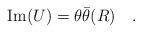
LaTeX: \begin{align*}{\rm Im}(U) = \theta \bar{\theta} (R)\quad.\end{align*}